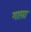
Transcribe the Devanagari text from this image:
गाय़ा